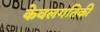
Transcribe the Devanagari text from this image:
केवलगतिकी